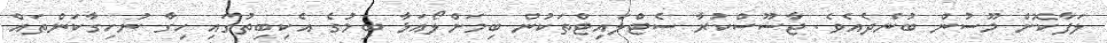
ލަފާކޮށް މޫސުން ބުނެދެއެވެ. ޖާސޫސްކުރާ ސެޓްލައިޓްތަކުން ބިމަށްލޯއަޅާ ބިމުގެ އެކިބިތުގައި ހިގާ ނުހިގާކަންތައް